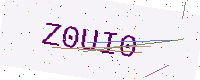
Text: Z0UI0